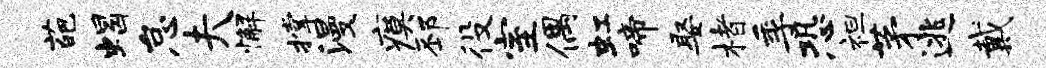
葩蝎怠夫懈撑漫瘼邳役室偶虹啼娶楮季恐袒茅逃戴